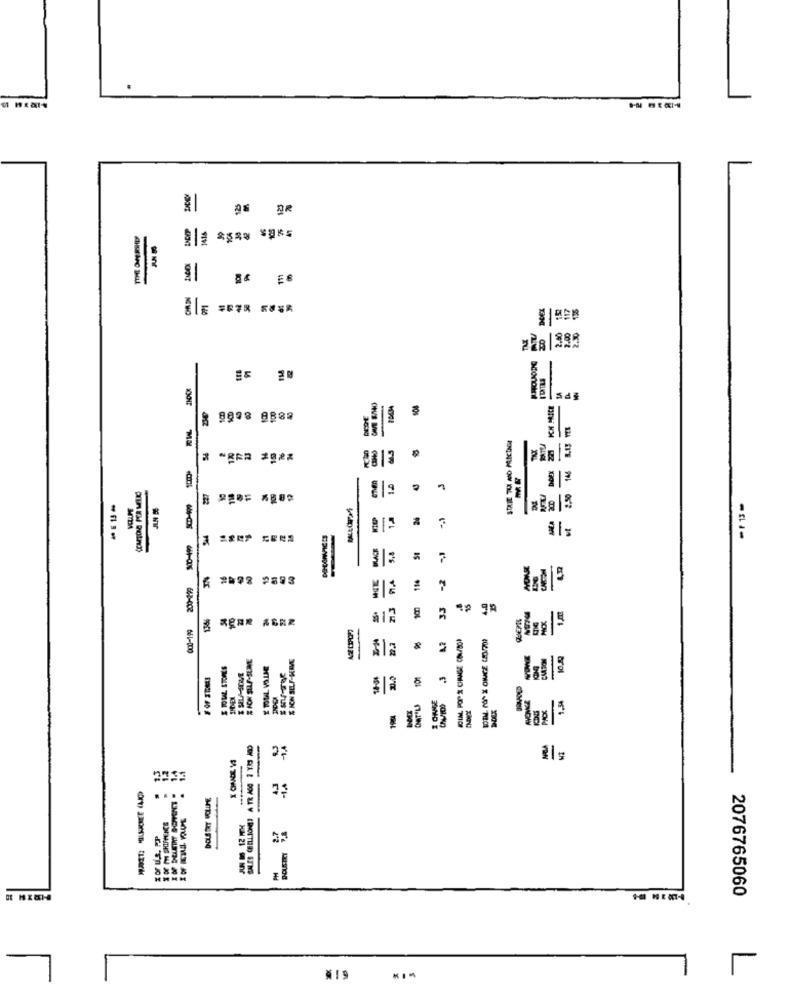
-
.4 E8
assis
-
-
-
STATE TU ANO MALICINESE
8813
12
-11-
31:
=
15
AGE CIPOPO
-
661-000
Grol
-
1.1
....
2076765060
NIS